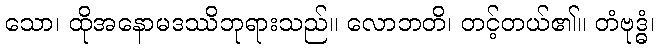
သော၊ ထိုအနောမဒဿိဘုရားသည်။ လောဘတိ၊ တင့်တယ်၏။ တံဗုဒ္ဓံ၊